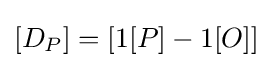
[D_{P}]=[1[P]-1[O]]